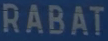
RABAT